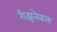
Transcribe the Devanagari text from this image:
रीझनेबल